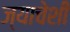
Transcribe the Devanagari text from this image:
ज्याचेशी